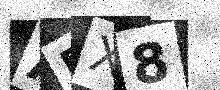
Text: ABX8